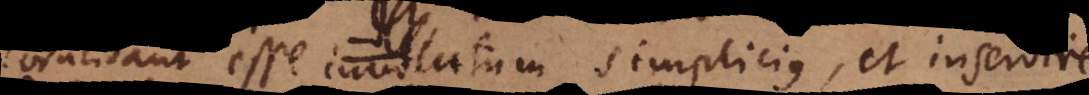
coincidant esse involutum simplicius et inservire